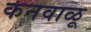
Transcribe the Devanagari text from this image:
कनवाळू